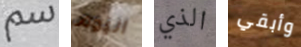
سم اليوم الذي وأبقي